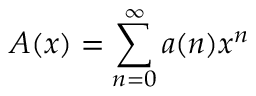
A ( x ) = \sum _ { n = 0 } ^ { \infty } a ( n ) x ^ { n }